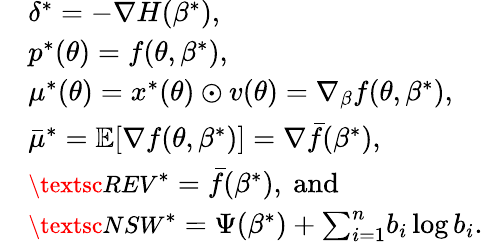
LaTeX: \begin{array}{rl}&{{\delta^{*}}=-\nabla H(\beta^{*}),}\\ &{p^{*}(\theta)=f(\theta,\beta^{*}),}\\ &{{\mu^{*}}(\theta)=x^{*}(\theta)\odot v(\theta)=\nabla_{\beta}f(\theta,\beta^{*}),}\\ &{{\bar{\mu}^{*}}={\mathbb E}[\nabla f(\theta,\beta^{*})]=\nabla{\bar{f}}(\beta^{*}),}\\ &{{\small\textsc{{REV}}}^{*}={\bar{f}}(\beta^{*}),\mathrm{~and}}\\ &{{\small\textsc{{NSW}}}^{*}=\Psi(\beta^{*})+{\sum_{i=1}^{n}}b_{i}\log b_{i}.}\end{array}